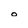
Character: o